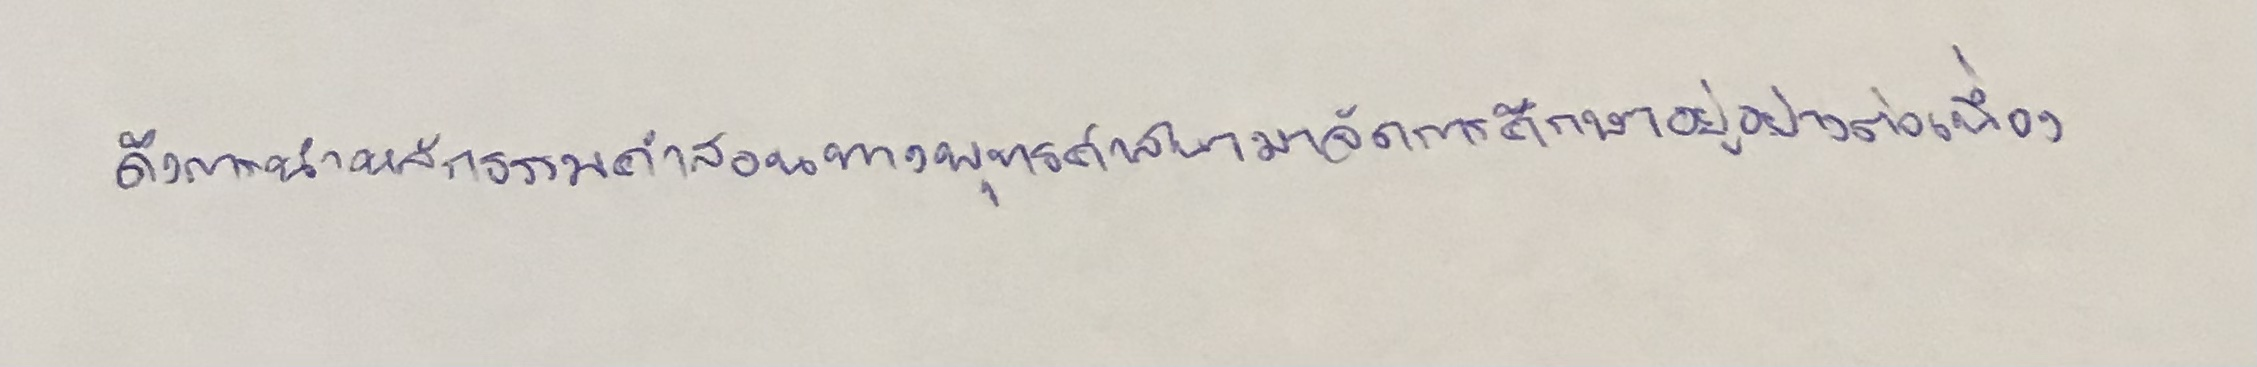
ถึงการนำหลักธรรมคำสอนทางพุทธศาสนามาจัดการศึกษาอยู่อย่างต่อเนื่อง